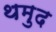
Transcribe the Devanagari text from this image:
थमुद